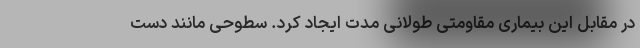
در مقابل این بیماری مقاومتی طولانی مدت ایجاد کرد. سطوحی مانند دست